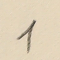
1